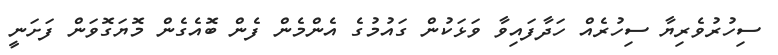
ސިހުރުވެރިޔާ ސިހުރެއް ހަދާފައިވާ ވަޅަކުން ގައުމުގެ އެންމެން ފެން ބޮއެގެން މޮޔަގޮވަން ފަށަނީ